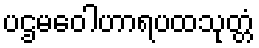
ပဌမဝေါဟာရပထသုတ္တံ